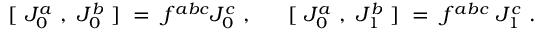
{ } ~ ~ [ ~ J _ { 0 } ^ { a } ~ , ~ J _ { 0 } ^ { b } ~ ] ~ = ~ f ^ { a b c } J _ { 0 } ^ { c } ~ , ~ ~ ~ ~ ~ [ ~ J _ { 0 } ^ { a } ~ , ~ J _ { 1 } ^ { b } ~ ] ~ = ~ f ^ { a b c } { } ~ J _ { 1 } ^ { c } ~ . ~